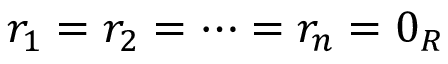
r _ { 1 } = r _ { 2 } = \cdots = r _ { n } = 0 _ { R }